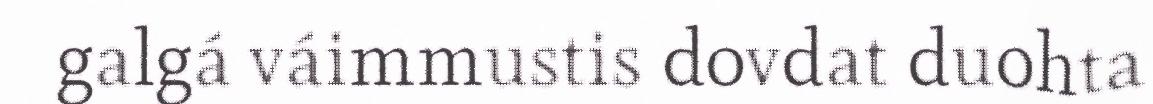
galgá váimmustis dovdat duohta